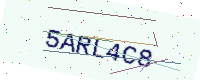
Text: 5ARL4C8